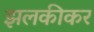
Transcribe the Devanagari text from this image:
झलकीकर